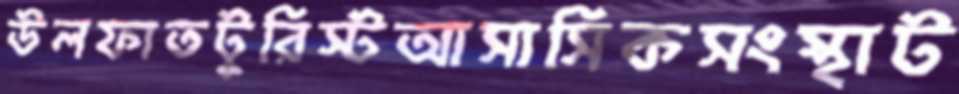
উলফাতটুরিস্টআসাসিকসংস্থাট